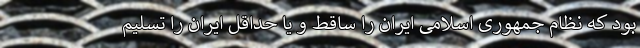
بود که نظام جمهوری اسلامی ایران را ساقط و یا حداقل ایران را تسلیم